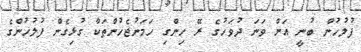
ފުލުހުން ބުނީ އަށް ވަނަ ދުވަހުގެ ރޭ ހިންގި ހަމަނުޖެހުންތަކާ ގުޅިގެން ފުލުހުންގެ